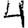
Digit: 4